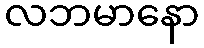
လဘမာနော